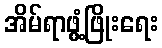
အိမ်ရာဖွံ့ဖြိုးရေး